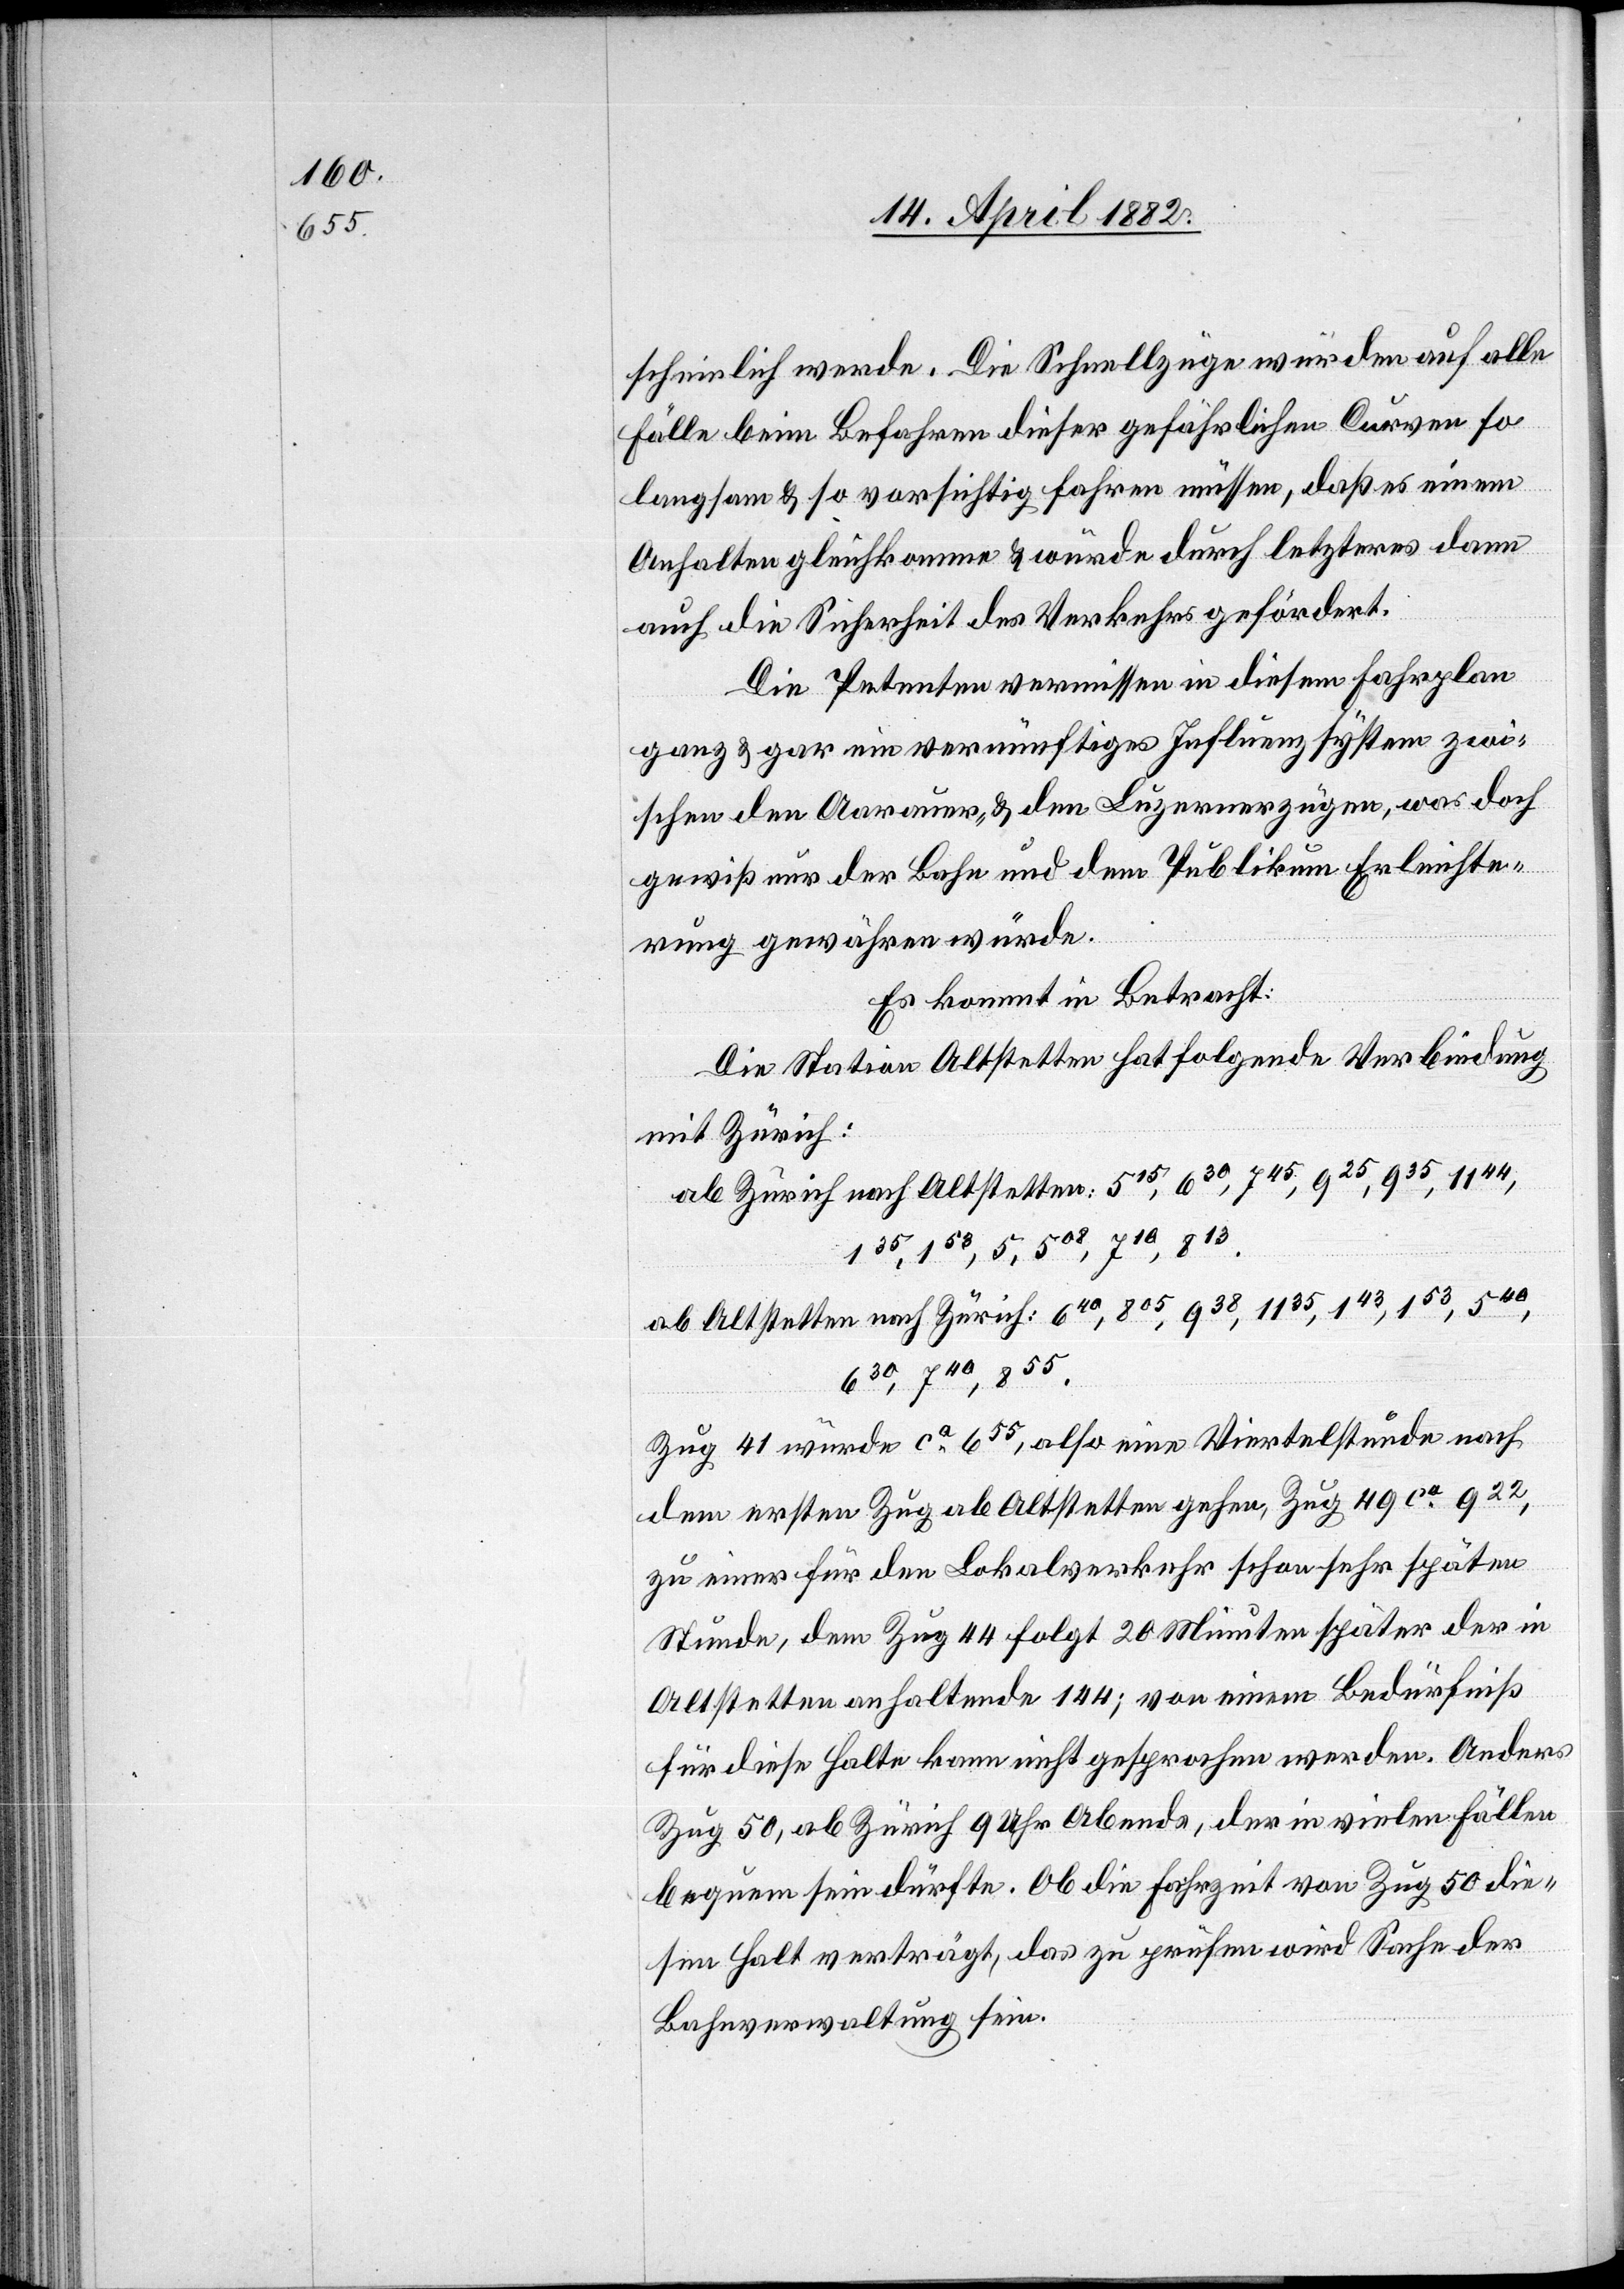
scheinlich werde. Die Schnellzüge würden auf alle
Fälle beim Befahren dieser gefährlichen Curven so
langsam & so vorsichtig fahren müssen, daß es einem
Anhalten gleichkomme & würde durch letzteres dann
auch die Sicherheit des Verkehrs gefördert.
Die Petenten vermissen in diesem Fahrplan
ganz & gar ein vernünftiges Influenzsystem zwi¬
schen den Aarauer- & den Luzernerzügen, was doch
gewiß nur der Bahn und dem Publikum Erleichte¬
rung gewähren würde.
Es kommt in Betracht:
Die Station Altstetten hat folgende Verbindung
mit Zürich:
ab Zürich nach Altstetten: 515, 630, 745, 925, 935, 1144,
135, 153, 5, 508, 710, 813.
ab Altstetten nach Zürich: 640, 805, 938, 1135, 143, 153, 540,
630, 740, 855.
Zug 41 würde ca 655, also eine Viertelstunde nach
dem ersten Zug ab Altstetten gehen, Zug 49 ca 922,
zu einer für den Lokalverkehr schon sehr späten
Stunde, dem Zug 44 folgt 20 Minuten später der in
Altstetten anhaltende 144; von einem Bedürfniß
für diese Halte kann nicht gesprochen werden. Anders
Zug 50, ab Zürich 9 Uhr Abends, der in vielen Fällen
bequem sein dürfte. Ob die Fahrzeit von Zug 50 die¬
sen Halt verträgt, das zu prüfen wird Sache der
Bahnverwaltung sein.